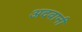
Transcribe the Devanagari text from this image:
अदवानी